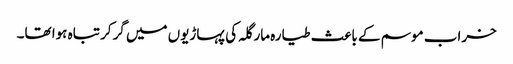
خراب موسم کے باعث طیارہ مارگلہ کی پہاڑیوں میں گرکر تباہ ہوا تھا۔